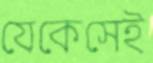
যেকেসেই